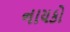
નાયકો